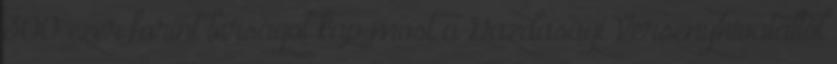
300 ezer forint bírságot kap most a Gazdasági Versenyhivataltól